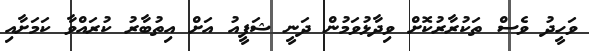
ވަހީދު ވެސް ތަކުރާރުކޮށް ވިދާޅުވަމުން ދަނީ ޝަފީއު އަށް އިތުބާރު ކުރައްވާ ކަމަށާއި